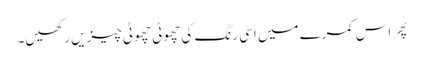
پِھر اس کمرے میں اسی رنگ کی چھوٹی چھوٹی چیزیں رکھیں۔